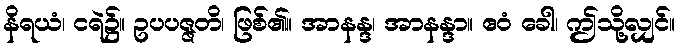
နိရယံ၊ ငရဲ၌။ ဥပပဇ္ဇတိ၊ ဖြစ်၏။ အာနန္ဒ၊ အာနန္ဒာ။ ဧဝံ ခေါ၊ ဤသို့လျှင်။